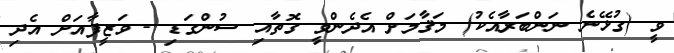
ވީ (ގުޅޭނެ ނަންބަރާއެކު) މަޤާމަށް އެދެންވީ ގޮތާއި ސުންގަޑި - ވަޒީފާއަށް އެދި